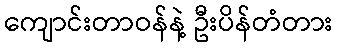
ကျောင်းတာဝန်နဲ့ ဦးပိန်တံတား